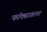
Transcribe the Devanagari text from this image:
फॉक्सफ़ायर